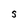
Character: S